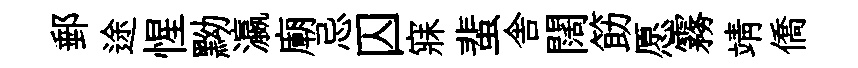
郵途惺黝瀛廟忌囚寐蜚舎闊筯愿霧靖僑